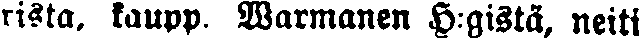
rista, kaupp. Warmanen H:gistä, neiti